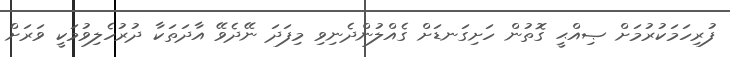
ފުރިހަމަކުރުމަށް ޞިއްޙީ ގޮތުން ހަށިގަނޑަށް ގެއްލުންދެނިވި މިފަދަ ނޭދެވޭ އާދަތަކާ ދުރުހެލިވުމަކީ ވަރަށް